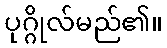
ပုဂ္ဂိုလ်မည်၏။